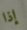
إذا